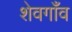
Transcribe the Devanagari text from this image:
शेवगाँव